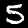
Label: 5